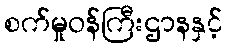
စက်မှုဝန်ကြီးဌာနနှင့်